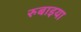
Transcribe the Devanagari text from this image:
रुबाइया